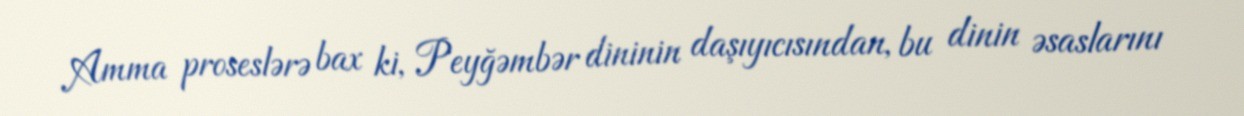
Amma proseslərə bax ki, Peyğəmbər dininin daşıyıcısından, bu dinin əsaslarını